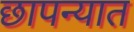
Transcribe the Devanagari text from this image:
छापन्यात